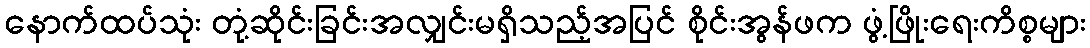
နောက်ထပ်သုံး တုံ့ဆိုင်းခြင်းအလျှင်းမရှိသည့်အပြင် စိုင်းအွန်ဖက ဖွံ့ဖြိုးရေးကိစ္စများ